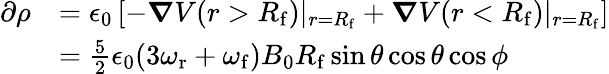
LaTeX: \begin{array}{rl}{\partial\rho}&{=\epsilon_{0}\left[-\boldsymbol{\nabla}V(r>R_{\mathrm{f}})\vert_{r=R_{\mathrm{f}}}+\boldsymbol{\nabla}V(r<R_{\mathrm{f}})\vert_{r=R_{\mathrm{f}}}\right]}\\ &{=\frac{5}{2}\epsilon_{0}(3\omega_{\mathrm{r}}+\omega_{\mathrm{f}})B_{0}R_{\mathrm{f}}\sin\theta\cos\theta\cos\phi}\end{array}